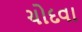
ચોદવા